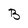
Character: B